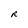
Character: R